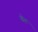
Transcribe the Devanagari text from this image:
खेट